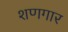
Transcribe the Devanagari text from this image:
शणगार